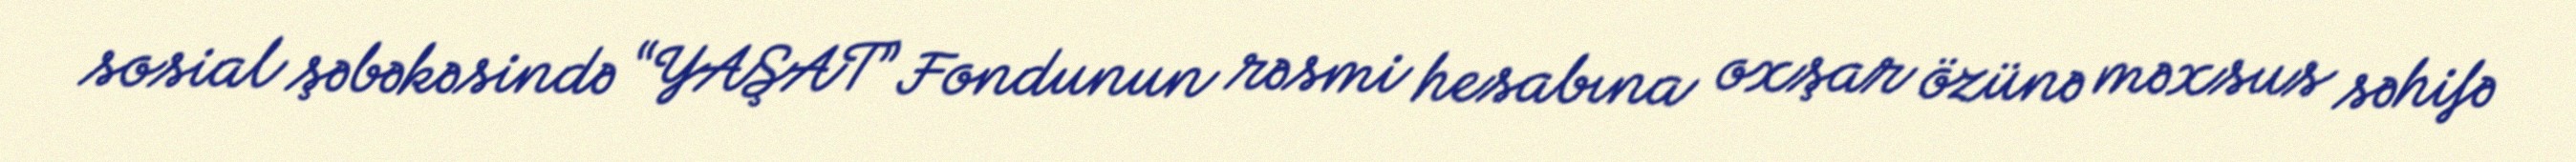
sosial şəbəkəsində “YAŞAT” Fondunun rəsmi hesabına oxşar özünə məxsus səhifə